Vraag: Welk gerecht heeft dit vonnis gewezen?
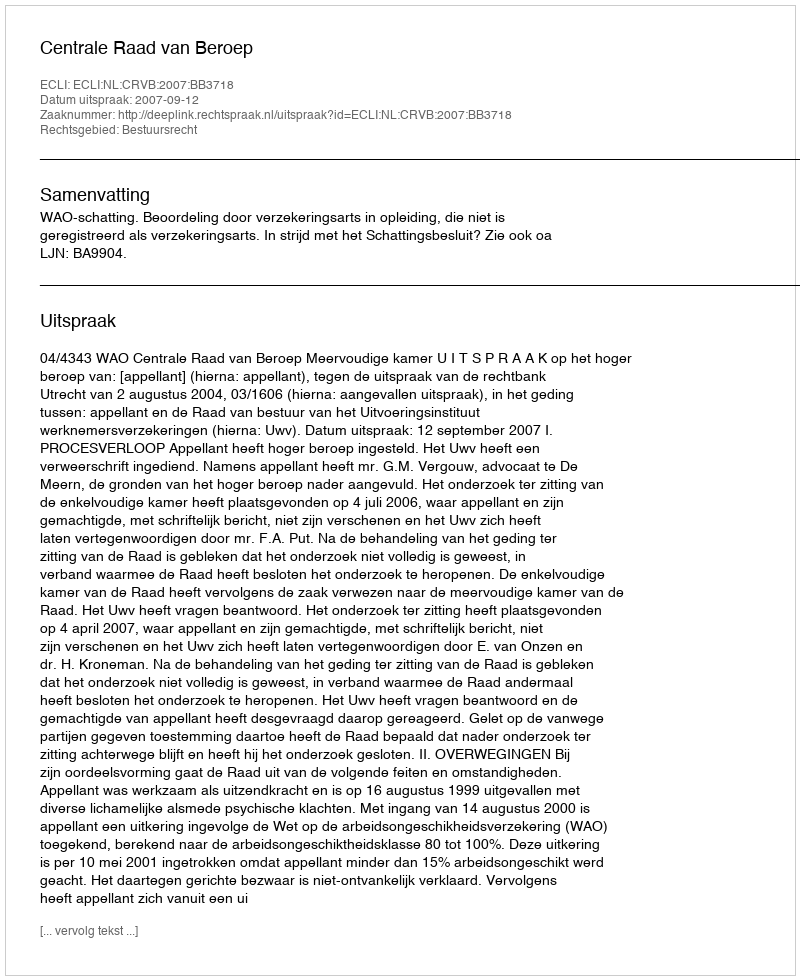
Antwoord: Centrale Raad van Beroep